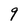
Character: 9